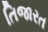
તિજારત